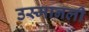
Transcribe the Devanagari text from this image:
उस्मानली